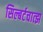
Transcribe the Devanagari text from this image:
सिल्बर्टचात्झ